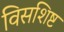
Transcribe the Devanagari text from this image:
विसशिष्ट